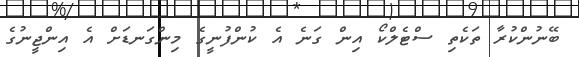
ބޭނުންކުރާ ތަކެތި ސްޓެލްކޯ އިން ގަނެ އެ ކުންފުނީގެ މިންގަނޑަށް އެ އިންޖީނުގެ